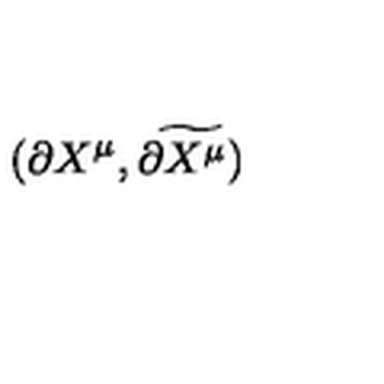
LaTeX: ( \partial X ^ { \mu } , \widetilde { \partial X ^ { \mu } ) }